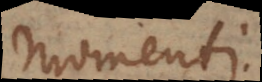
momenti.